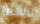
مسليا